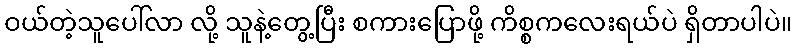
ဝယ်တဲ့သူပေါ်လာ လို့ သူနဲ့တွေ့ပြီး စကားပြောဖို့ ကိစ္စကလေးရယ်ပဲ ရှိတာပါပဲ။